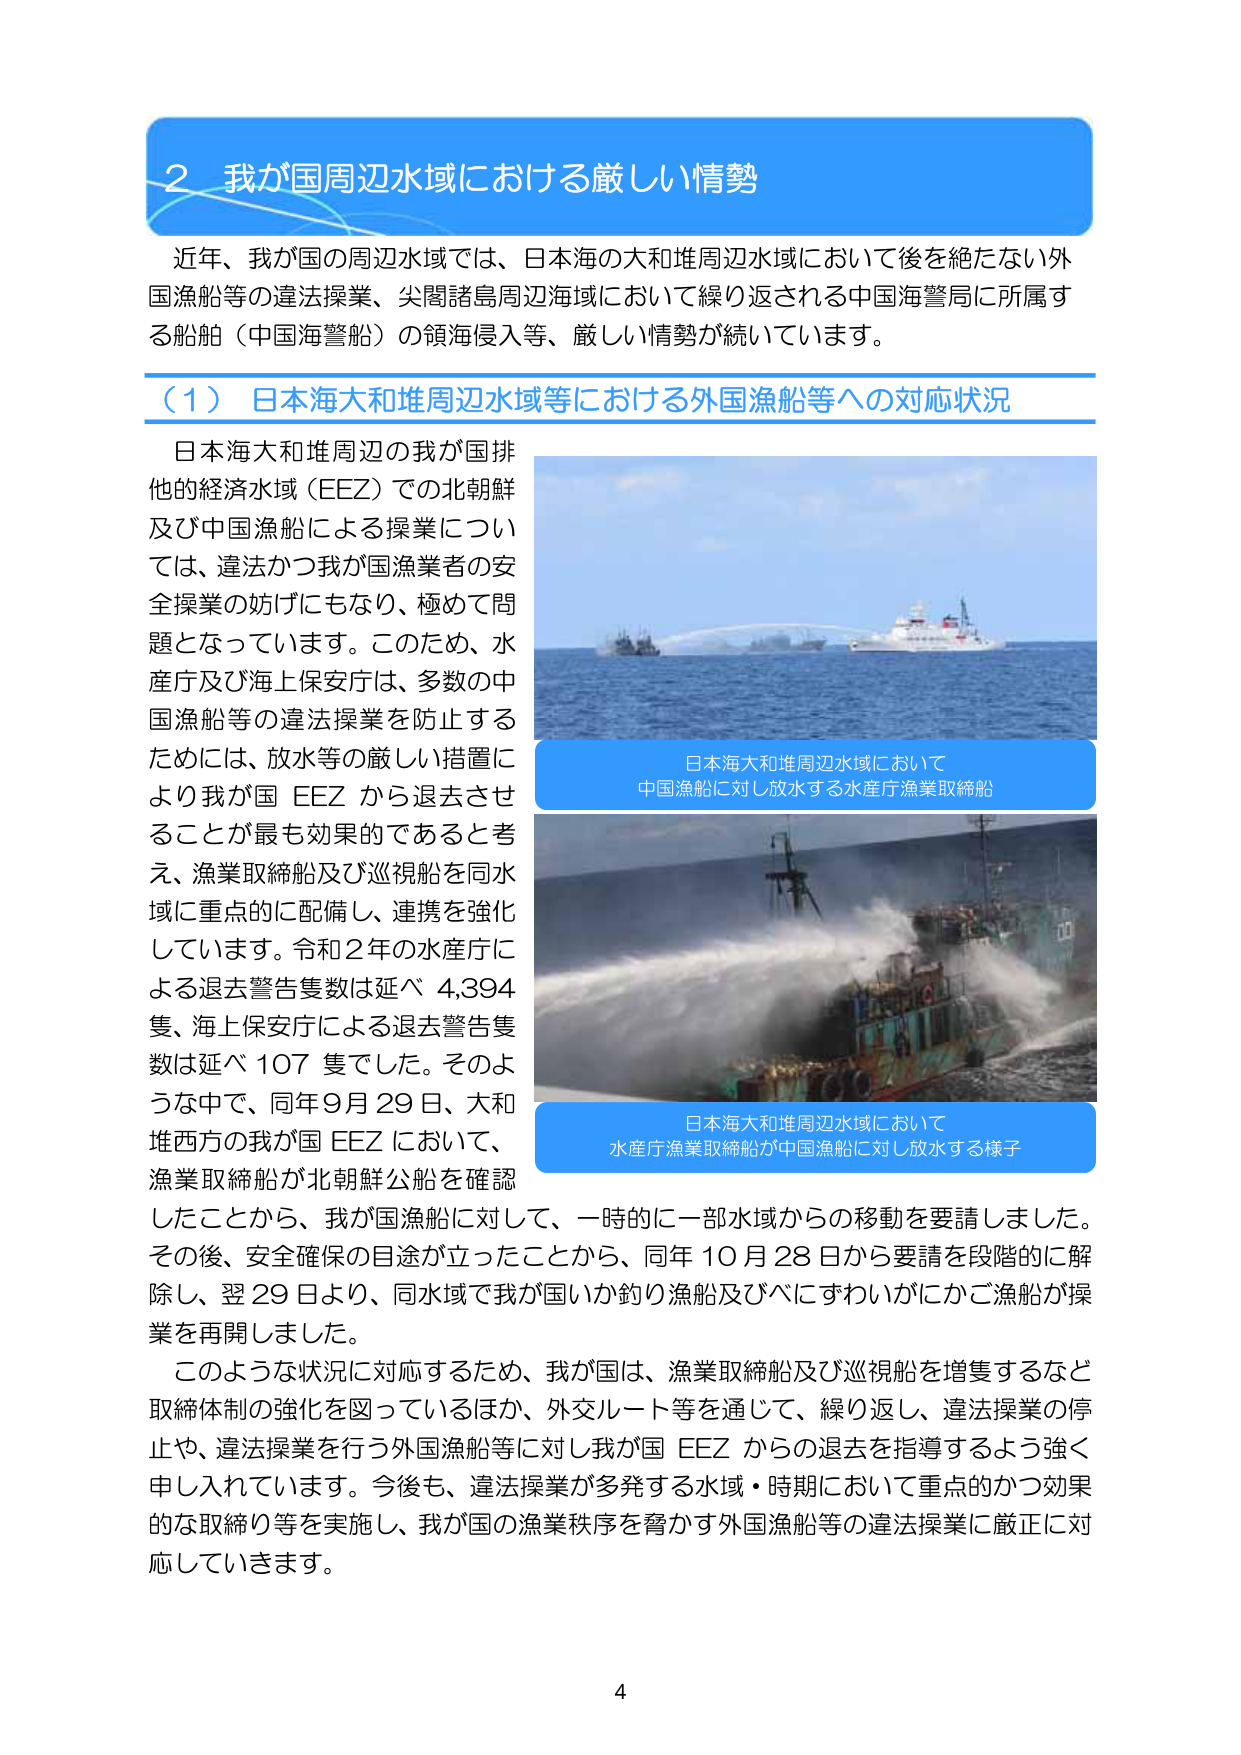
2 我が国周辺水域における厳しい情勢

近年、我が国の周辺水域では、日本海の大和堆周辺水域において後を絶たない外国漁船等の違法操業、尖閣諸島周辺海域において繰り返される中国海警局に所属する船舶（中国海警船）の領海侵入等、厳しい情勢が続いています。

（1）日本海大和堆周辺水域等における外国漁船等への対応状況

日本海大和堆周辺の我が国排他的経済水域（EEZ）での北朝鮮及び中国漁船による操業については、違法かつ我が国漁業者の安全操業の妨げにもなり、極めて問題となっています。このため、水産庁及び海上保安庁は、多数の中国漁船等の違法操業を防止するためには、放水等の厳しい措置により我が国 EEZ から退去させることが最も効果的であると考え、漁業取締船及び巡視船を同水域に重点的に配備し、連携を強化しています。令和2年の水産庁による退去警告隻数は延べ 4,394 隻、海上保安庁による退去警告隻数は延べ 107 隻でした。そのような中で、同年9月29日、大和堆西方の我が国 EEZ において、漁業取締船が北朝鮮公船を確認したことから、我が国漁船に対して、一時的に一部水域からの移動を要請しました。その後、安全確保の目途が立ったことから、同年10月28日から要請を段階的に解除し、翌29日より、同水域で我が国いか釣り漁船及びべにすわいがにかご漁船が操業を再開しました。

このような状況に対応するため、我が国は、漁業取締船及び巡視船を増隻するなど取締体制の強化を図っているほか、外交ルート等を通じて、繰り返し、違法操業の停止や、違法操業を行う外国漁船等に対し我が国 EEZ からの退去を指導するよう強く申し入れています。今後も、違法操業が多発する水域・時期において重点的かつ効果的な取締り等を実施し、我が国の漁業秩序を脅かす外国漁船等の違法操業に厳正に対応していきます。

日本海大和堆周辺水域において
中国漁船に対し放水する水産庁漁業取締船

日本海大和堆周辺水域において
水産庁漁業取締船が中国漁船に対し放水する様子

4